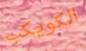
الكويكب